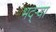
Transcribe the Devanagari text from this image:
भद्‌ऱ्या